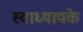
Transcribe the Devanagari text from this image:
स्‍वाध्‍यायके